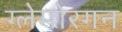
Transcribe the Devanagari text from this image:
ग्लेमोरगन